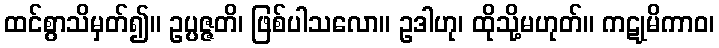
ထင်စွာသိမှတ်၍။ ဥပ္ပဇ္ဇတိ၊ ဖြစ်ပါသလော။ ဥဒါဟု၊ ထိုသို့မဟုတ်။ ကဋုမိကာဝ၊